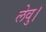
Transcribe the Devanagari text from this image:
लेवु।